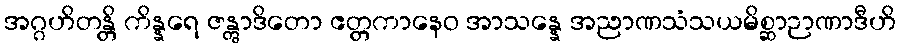
အဂ္ဂဟိတန္တိ ကိန္နရေ ဇန္တွာဒိတော ဧတ္တကာနေဝ အာသန္နေ အညာဏသံသယမိစ္ဆာဉာဏာဒီဟိ